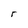
Character: r